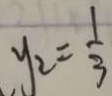
y _ { 2 } = \frac { 1 } { 3 }